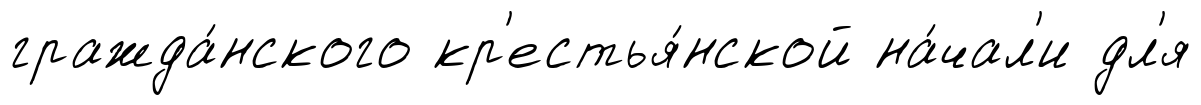
гражда́нского кр'естья́нской на́чал'и дл'я